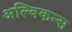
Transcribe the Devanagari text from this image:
अल्बिकन्स